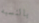
بالنسبه